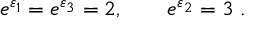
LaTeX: e ^ { \varepsilon _ { 1 } } = e ^ { \varepsilon _ { 3 } } = 2 , \qquad e ^ { \varepsilon _ { 2 } } = 3 ~ .